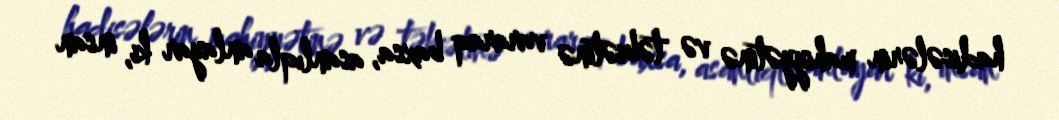
hadisələrin mahiyyətinə və təbiətinə vararaq baxsa, asanlıqla anlayar ki, insan